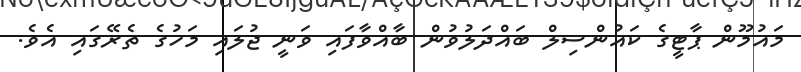
މައުމޫން ޕާޓީގެ ކައުންސިލް ބައްދަލުވުން ބާއްވާފައި ވަނީ ޖުލައި މަހުގެ ތެރޭގައި އެވެ.